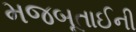
મજબૂતાઈની